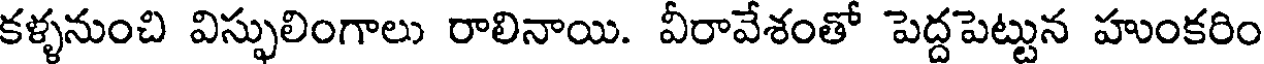
కళ్ళనుంచి విస్ఫులింగాలు రాలినాయి. వీరావేశంతో పెద్దపెట్టున హుంకరిం